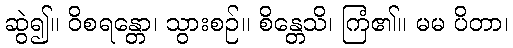
ဆွဲ၍။ ဝိစရန္တော၊ သွားစဉ်။ စိန္တေသိ၊ ကြံ၏။ မမ ပိတာ၊